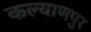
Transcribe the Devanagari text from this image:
कल्‍याणपुर